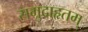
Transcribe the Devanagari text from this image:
समुदाहृतम्